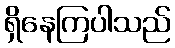
ရှိနေကြပါသည်